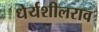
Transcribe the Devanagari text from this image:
धेर्यशीलराव